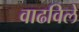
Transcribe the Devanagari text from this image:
वाढविलें